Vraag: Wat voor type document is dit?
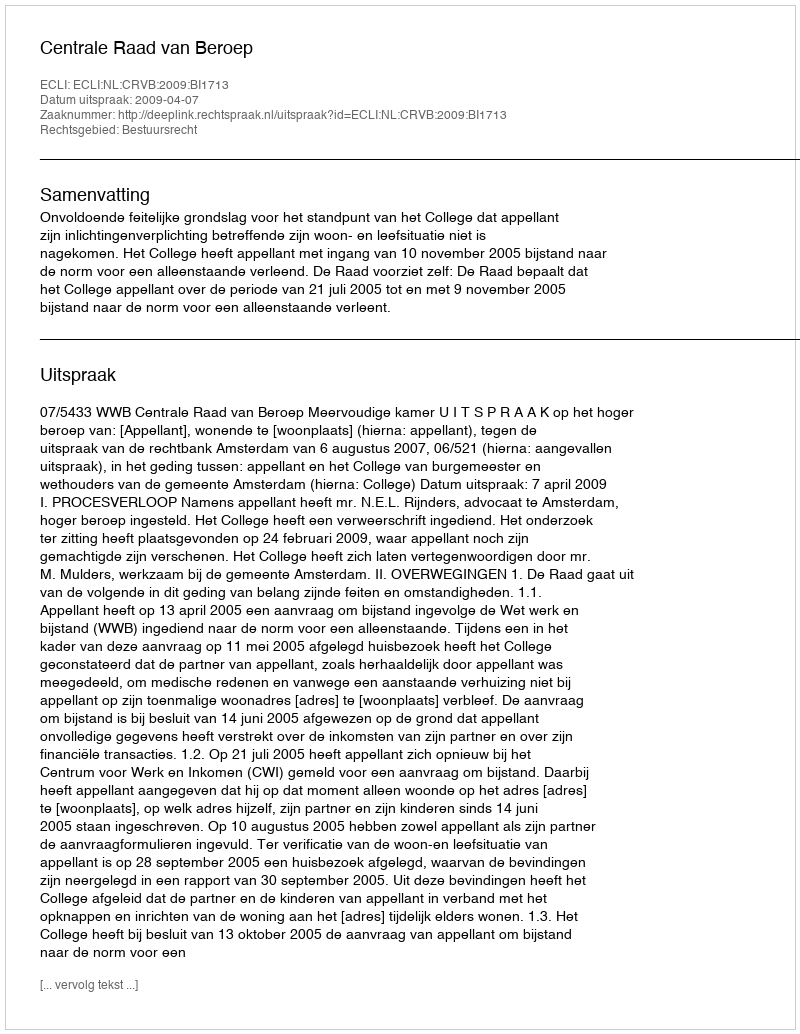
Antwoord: Uitspraak